Civil Veterinary Department. Madras. Admin. report 1910-25 - 1910-1925
Year: 1910
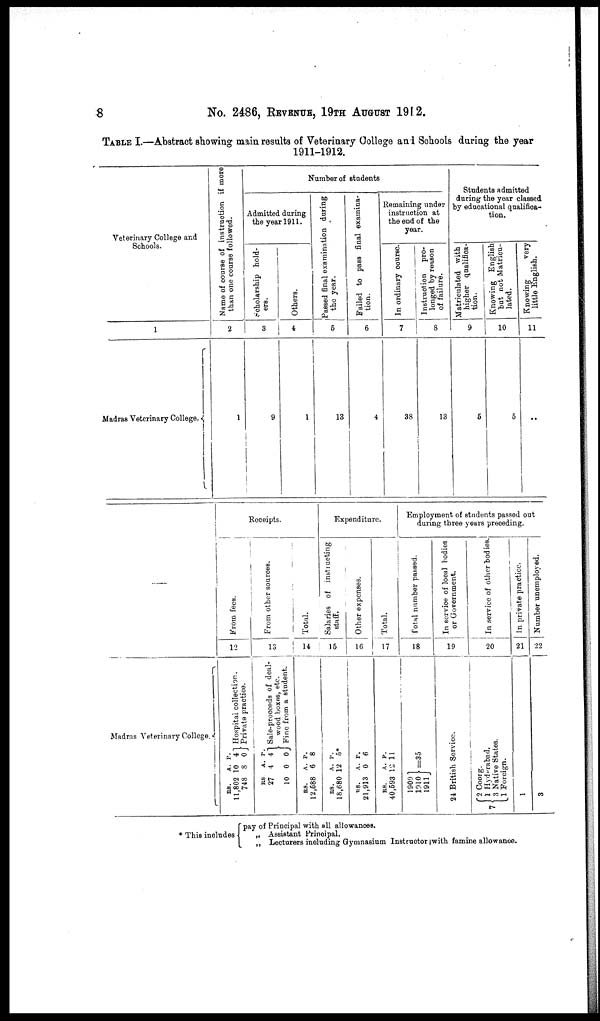
8
No. 2486, REVENUE, 19TH AUGUST 1912.
TABLE I.—Abstract showing main results of Veterinary College and Schools during the year
1911-1912.
Veterinary College and
Schools.
1
Madras Veterinary College.
Name of course of instruction if more
than one course followed.
2
1
Number of students
Admitted during
the year 1911.
Scholarship hold-
ers.
3
9
Others.
4
1
Passed final examination during
the year.
5
13
Failed to pass final examina-
tion.
6
4
Remaining under
instruction at
the end of the
year.
In ordinary course.
7
38
Instruction pro-
longed by reason
of failure.
8
13
Students admitted
during the year classed
by educational qualifica-
tion.
Matriculated with
higher qualifica-
tion.
9
5
Knowing English
but not Matricu-
lated.
10
5
Knowing
very
little English.
11
..
—
Madras Veterinary College.
Receipts.
From fees.
12
Hospital collection.
Private practice.
P.
A.
RS.
4
10
11,802
0
8
748
From other sources.
13
Sale-proceeds
of deal-
wood boxes, etc.
Fine from a student.
P.
A.
RS
4
4
27
0
0
10
Total.
14
P.
A.
RS.
8
6
12,588
Expenditure.
Salaries of instructing
staff.
15
P.
A.
RS.
5*
12
18,680
Other expenses.
16
P.
A.
RS.
6
0
21,913
Total.
17
P.
A.
RS.
11
12
40,593
Employment of students passed out
during three years preceding.
Total number passed.
18
=35
1909
1910
1911
In service of local bodies
or Government.
19
24 British Service.
In service of other bodies.
20
2 Coorg.
1 Hyderabad.
3 Native States.
1 Foreign.
7
In private practice.
21
1
Number unemployed.
22
3
* This includes
pay of Principal with all allowances.
„ Assistant Principal.
„ Lecturers including Gymnasium Instructor |with famine allowance.